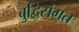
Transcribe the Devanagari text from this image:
बुद्विसंगत